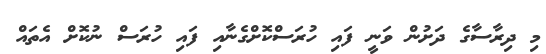
މި ދިރާސާގެ ދަށުން ވަނީ ފައި ހުރަސްކޮށްގެނާއި ފައި ހުރަސް ނުކޮށް އެތައް